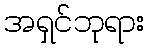
အရှင်ဘုရား